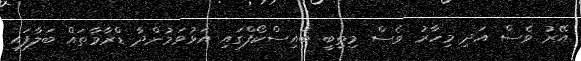
އޭރު ވެސް އަދި މިހާރު ވެސް މިތިބީ ބައިސްކޯފްގައި އަޅުވަމުންދާ ޑްރާމާތައް ބަލާފައި